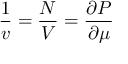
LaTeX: \frac 1 v = \frac N V = \frac { \partial P } { \partial \mu }